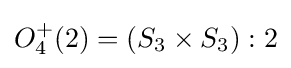
O_{4}^{+}(2)=(S_{3}\times S_{3}):2